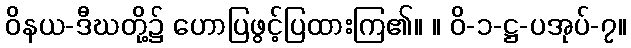
ဝိနယ-ဒီဃတို့၌ ဟောပြဖွင့်ပြထားကြ၏။ ။ ဝိ-၁-ဋ္ဌ-ပအုပ်-၇။